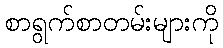
စာရွက်စာတမ်းများကို